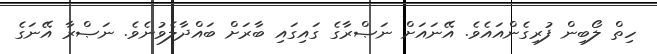
ހިތް ލޯބިން ފުރިގެންއައެވެ. އޭނައަށް ނަޞްރާގެ ގައިގައި ބާރަށް ބައްދާލެވުނެވެ. ނަޞްރާ އޭނަގެ